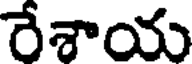
రేశాయ